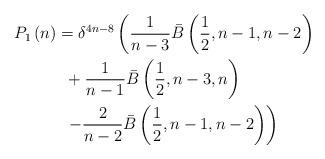
LaTeX: \begin{align*}P_1 \left( n \right) & = \delta ^{4n - 8} \left( \frac{1}{{n - 3}}\bar B\left( {\frac{1}{2},n - 1,n - 2} \right) \right. \\ & \,\,\, + \frac{1}{{n - 1}}\bar B\left( {\frac{1}{2},n - 3,n} \right) \\ & \left. \,\,\,- \frac{2}{{n - 2}}\bar B\left( {\frac{1}{2},n - 1,n - 2} \right) \right)\end{align*}